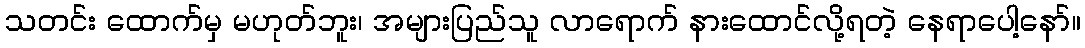
သတင်း ထောက်မှ မဟုတ်ဘူး၊ အများပြည်သူ လာရောက် နားထောင်လို့ရတဲ့ နေရာပေါ့နော်။